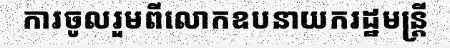
ការចូលរួមពីលោកឧបនាយករដ្ឋមន្ត្រី